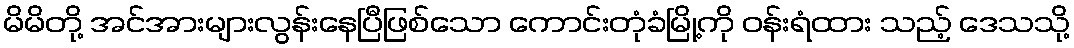
မိမိတို့ အင်အားများလွန်းနေပြီဖြစ်သော ကောင်းတုံခံမြို့ကို ဝန်းရံထား သည့် ဒေသသို့